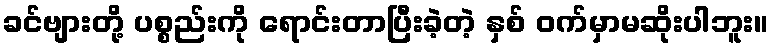
ခင်ဗျားတို့ ပစ္စည်းကို ရောင်းတာပြီးခဲ့တဲ့ နှစ် ဝက်မှာမဆိုးပါဘူး။